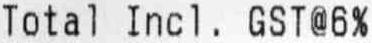
TOTAL INCL. GST@6%